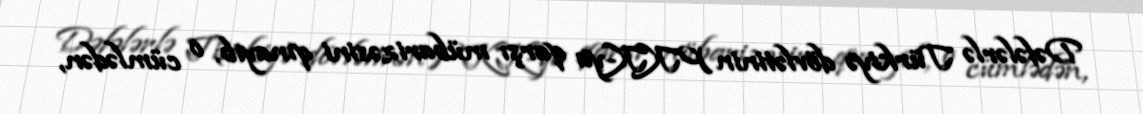
Dəfələrlə Türkiyə dövlətinin PKK-ya qarşı mübarizəsini qınayıb, o cümlədən,